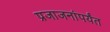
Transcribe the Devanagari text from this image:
प्रजाजनांपर्यंत